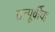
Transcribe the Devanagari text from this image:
तत्पूर्वीचा